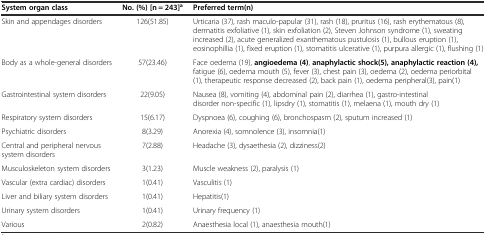
<table><thead><tr><td><b>System organ class</b></td><td><b>No. (%) [n = 243]<sup>a</sup></b></td><td><b>Preferred term(n)</b></td></tr></thead><tbody><tr><td>Skin and appendages disorders</td><td>126(51.85)</td><td>Urticaria (37), rash maculo-papular (31), rash (18), pruritus (16), rash erythematous (8), dermatitis exfoliative (1), skin exfoliation (2), Steven Johnson syndrome (1), sweating increased (2), acute generalized exanthematous pustulosis (1), bullous eruption (1), eosinophillia (1), fixed eruption (1), stomatitis ulcerative (1), purpura allergic (1), flushing (1)</td></tr><tr><td>Body as a whole-general disorders</td><td>57(23.46)</td><td>Face oedema (19), <b>angioedema (4)</b>, <b>anaphylactic shock(5), anaphylactic reaction (4),</b> fatigue (6), oedema mouth (5), fever (3), chest pain (3), oedema (2), oedema periorbital (1), therapeutic response decreased (2), back pain (1), oedema peripheral(3), pain(1)</td></tr><tr><td>Gastrointestinal system disorders</td><td>22(9.05)</td><td>Nausea (8), vomiting (4), abdominal pain (2), diarrhea (1), gastro-intestinal disorder non-specific (1), lipsdry (1), stomatitis (1), melaena (1), mouth dry (1)</td></tr><tr><td>Respiratory system disorders</td><td>15(6.17)</td><td>Dyspnoea (6), coughing (6), bronchospasm (2), sputum increased (1)</td></tr><tr><td>Psychiatric disorders</td><td>8(3.29)</td><td>Anorexia (4), somnolence (3), insomnia(1)</td></tr><tr><td>Central and peripheral nervous system disorders</td><td>7(2.88)</td><td>Headache (3), dysaethesia (2), dizziness(2)</td></tr><tr><td>Musculoskeleton system disorders</td><td>3(1.23)</td><td>Muscle weakness (2), paralysis (1)</td></tr><tr><td>Vascular (extra cardiac) disorders</td><td>1(0.41)</td><td>Vasculitis (1)</td></tr><tr><td>Liver and biliary system disorders</td><td>1(0.41)</td><td>Hepatitis(1)</td></tr><tr><td>Urinary system disorders</td><td>1(0.41)</td><td>Urinary frequency (1)</td></tr><tr><td>Various</td><td>2(0.82)</td><td>Anaesthesia local (1), anaesthesia mouth(1)</td></tr></tbody></table>